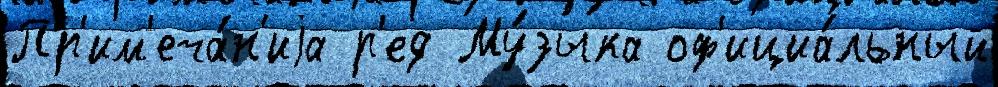
Пр'им'еча́н'иjа р'ед Му́зыка оф'ициа́льный